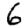
Digit: 6